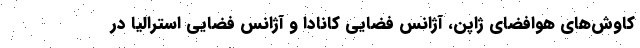
کاوش‌های هوافضای ژاپن، آژانس فضایی کانادا و آژانس فضایی استرالیا در